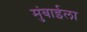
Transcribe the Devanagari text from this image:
मुंबाईला